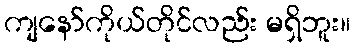
ကျနော်ကိုယ်တိုင်လည်း မရှိဘူး။